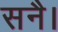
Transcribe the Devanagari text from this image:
सनै।